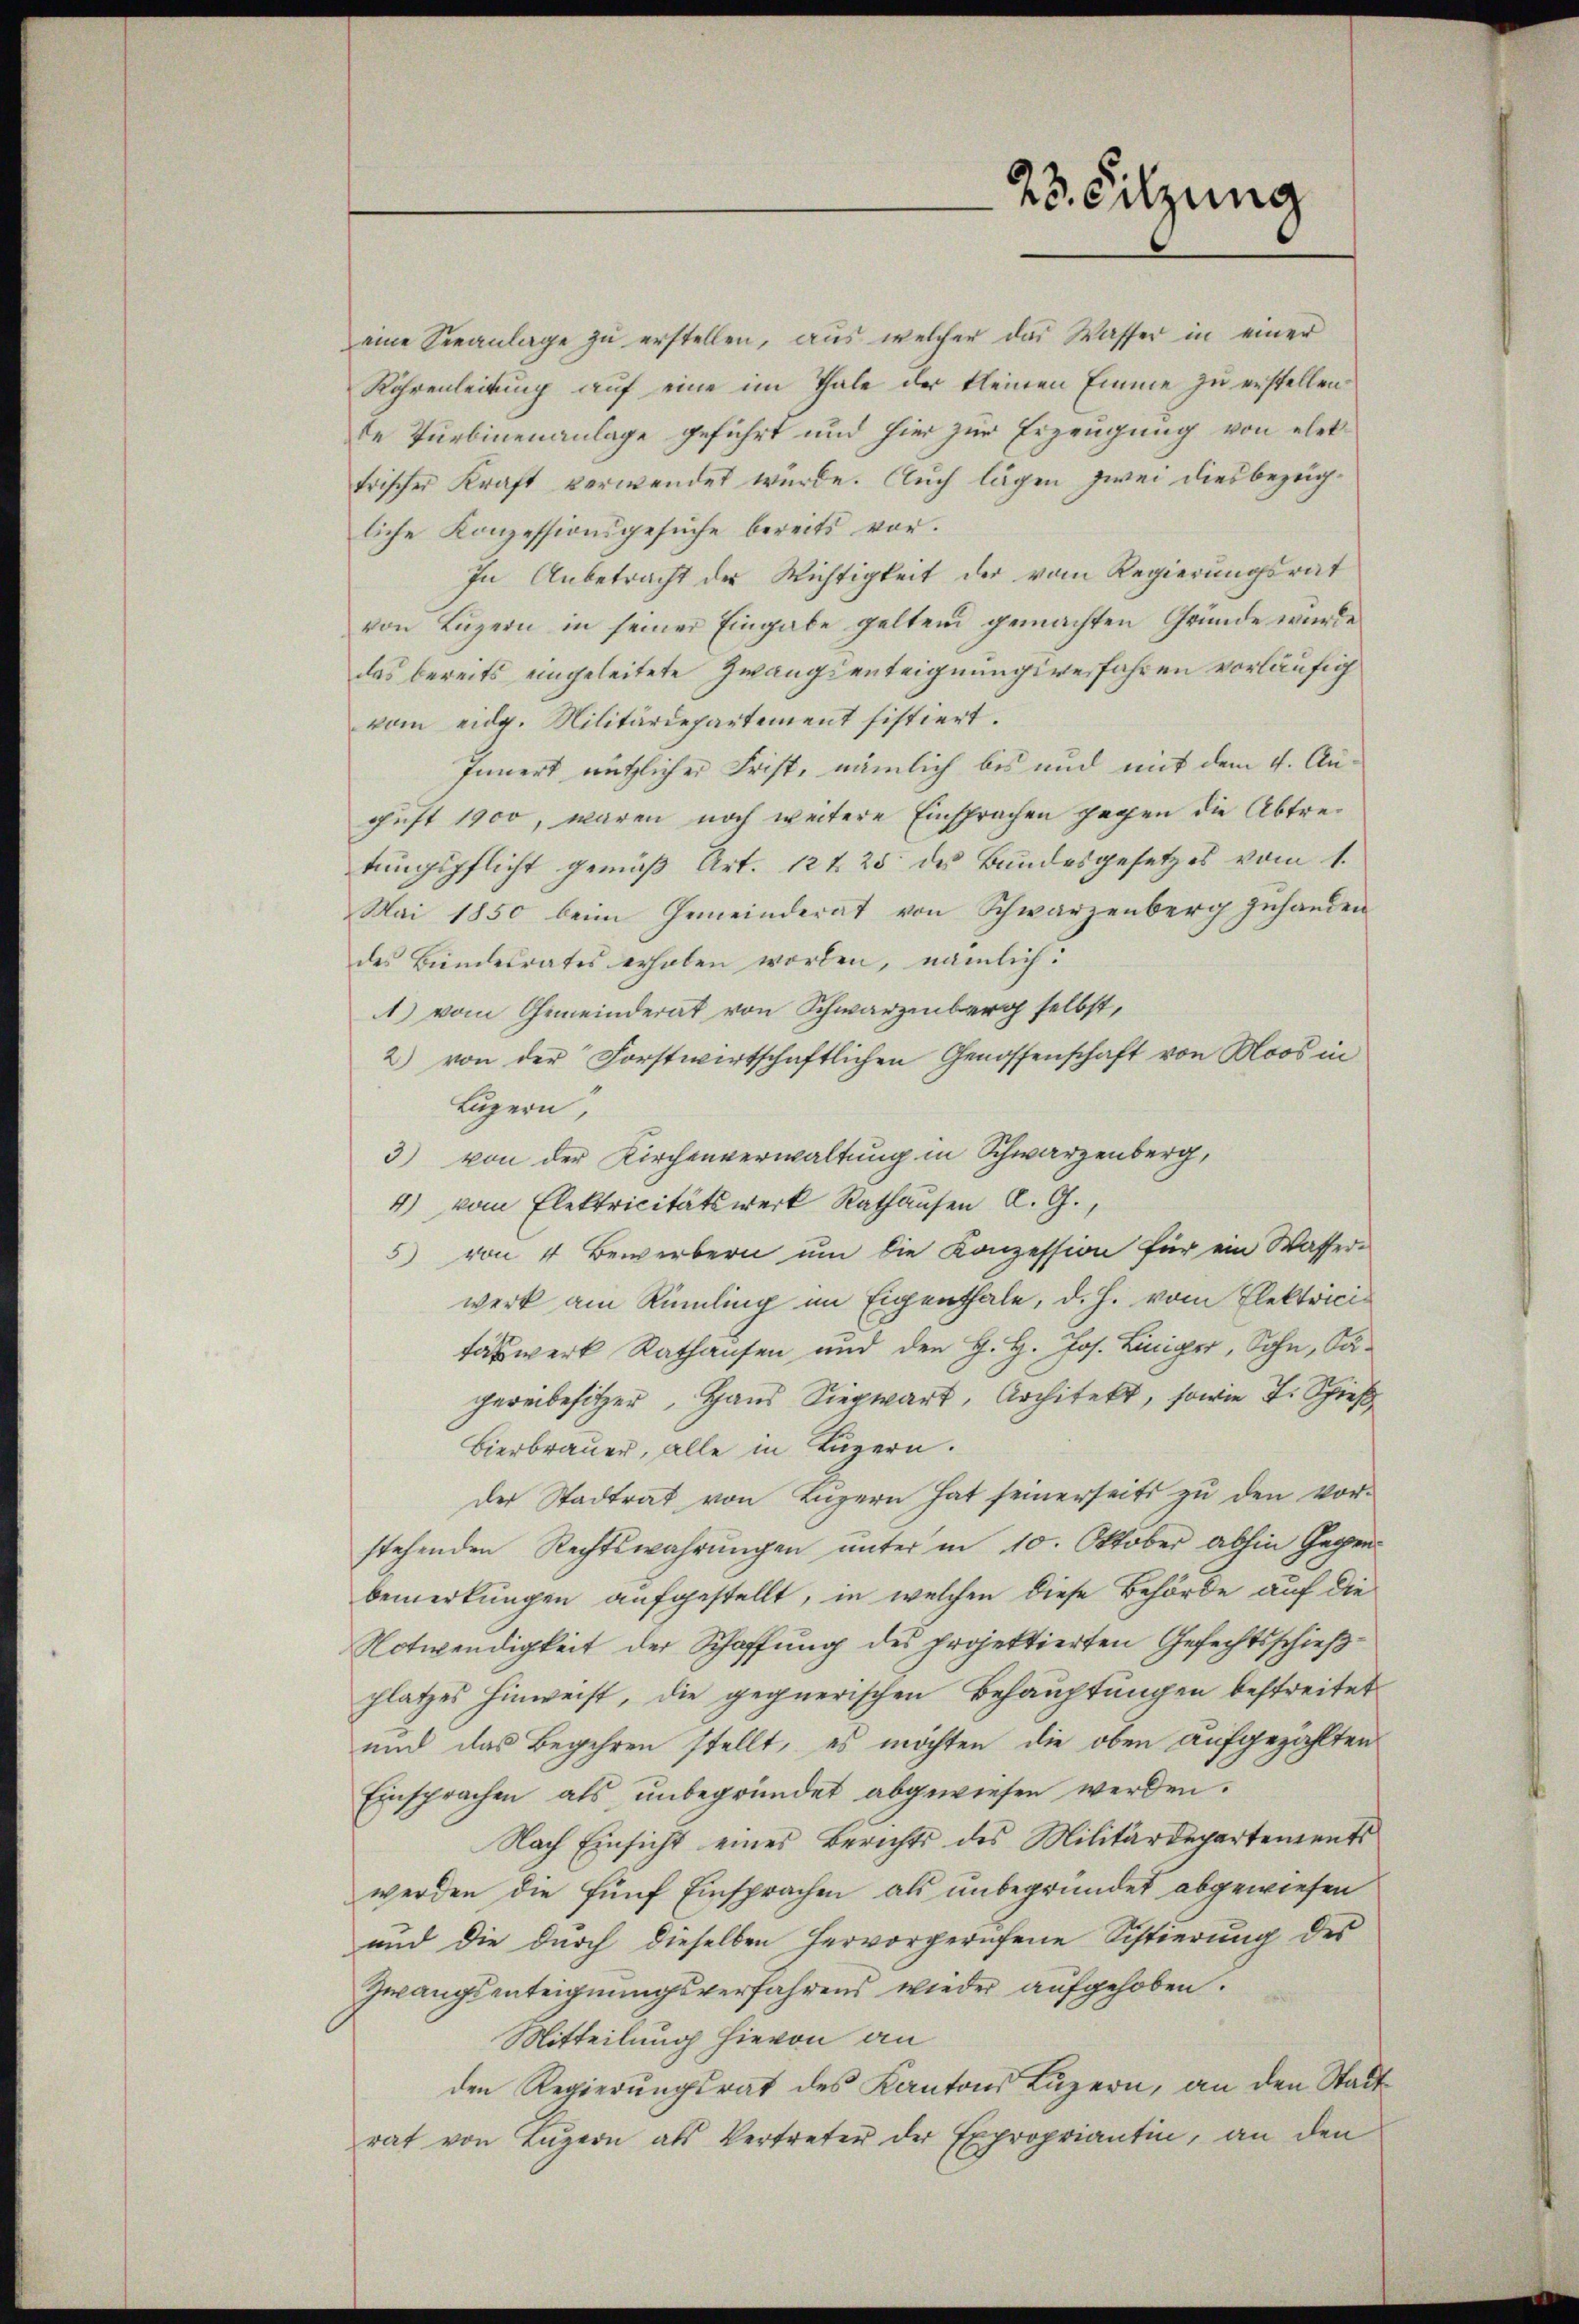
23. Sitzung

eine Seeanlage zŭ erstellen, aus welcher das Wasser in einer
Röhrenleitung auf eine im Thale der kleinen Emme zu erstellen.
de Turbinenanlage geführt und hier zur Erzeugung von elettrischer Kraft verwendet wurde. Auch lägen zwei diesbezügliche Konzessionsgesuche bereits vor.
In Anbetracht der Wichtigkeit der vom Regierungsrat
von Luzern in seiner Eingabe geltend gemachten Gründe wurde
das bereits eingeleitete Zwangsenteignungsverfahren vorläufig
vom eidg. Militärdepartement sistiert.
Innert nützlicher Frist, nämlich bis und mit dem 4. August 1900, wären noch weitere Einsprachen gegen die Abtretungspflicht gemäß Art. 12 f 25 des Bundesgesetzes vom 1.
Mai 1850 beim Gemeinderat von Schwarzenberg zŭhanden
des Bundesrates erhoben worden, nämlich:
1) vom Gemeinderat von Schwarzenberg selbst,
2) von der Forstwirtschaftlichen Genossenschaft von Moos in
Luzern,
3) von der Kirchenverwaltung in Schwarzenberg,
4) vom Elektricitätswerk Rathausen A. G.,
5) von 4 Bewerbern um die Konzession für ein Wasserwerk am Rümling im Eigenthale, d. h. vom Elektricitaswerk Rathausen und den H. H. Jos. Liniger, Sohn, Sagereibesitzer Haus Siegwart, Architekt, sowie 4. Spieß
Bierbrauer, alle in Luzern.
der Stadtrat von Luzern hat seinerseits zu den Vorstehenden Rechtswahrungen unter in 10. Oktober abhin Gegenbemerkungen aufgestellt, in welchen diese Behörde auf die
Notwendigkeit der Schaffung des projektierten Gefechtsschießplatzes hinweist, die gegnerischen Behauptungen bestreitet
und das Begehren stellt, es möchten die oben aufgezählten
Einsprachen als unbegründet abgewiesen werden.
Nach Einsicht eines Berichts des Militärdepartements
werden die fünf Einsprachen als unbegründet abgewiesen
und die durch dieselben hervorgerufene Sistierung des
Zwangsenteignungsverfahrens wieder aufgehoben.
Mitteilung hievon an
den Regierungsrat des Kantons Luzern, an den Stadt
rat von Lŭzern als Vertreter der Expropriantin, an den